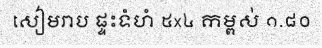
សៀមរាប ផ្ទះទំហំ ៥x៤ កម្ពស់ ១.៨០